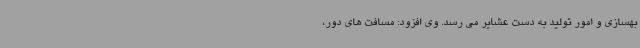
بهسازی و امور تولید به دست عشایر می رسد. وی افزود: مسافت های دور،